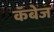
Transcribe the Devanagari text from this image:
कॅबेज